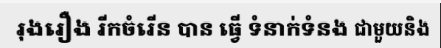
រុងរឿង រីកចំរើន បាន ធ្វើ ទំនាក់ទំនង ជាមួយនិង